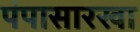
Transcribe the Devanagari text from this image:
पंपासारखा